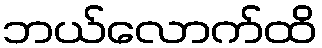
ဘယ်လောက်ထိ